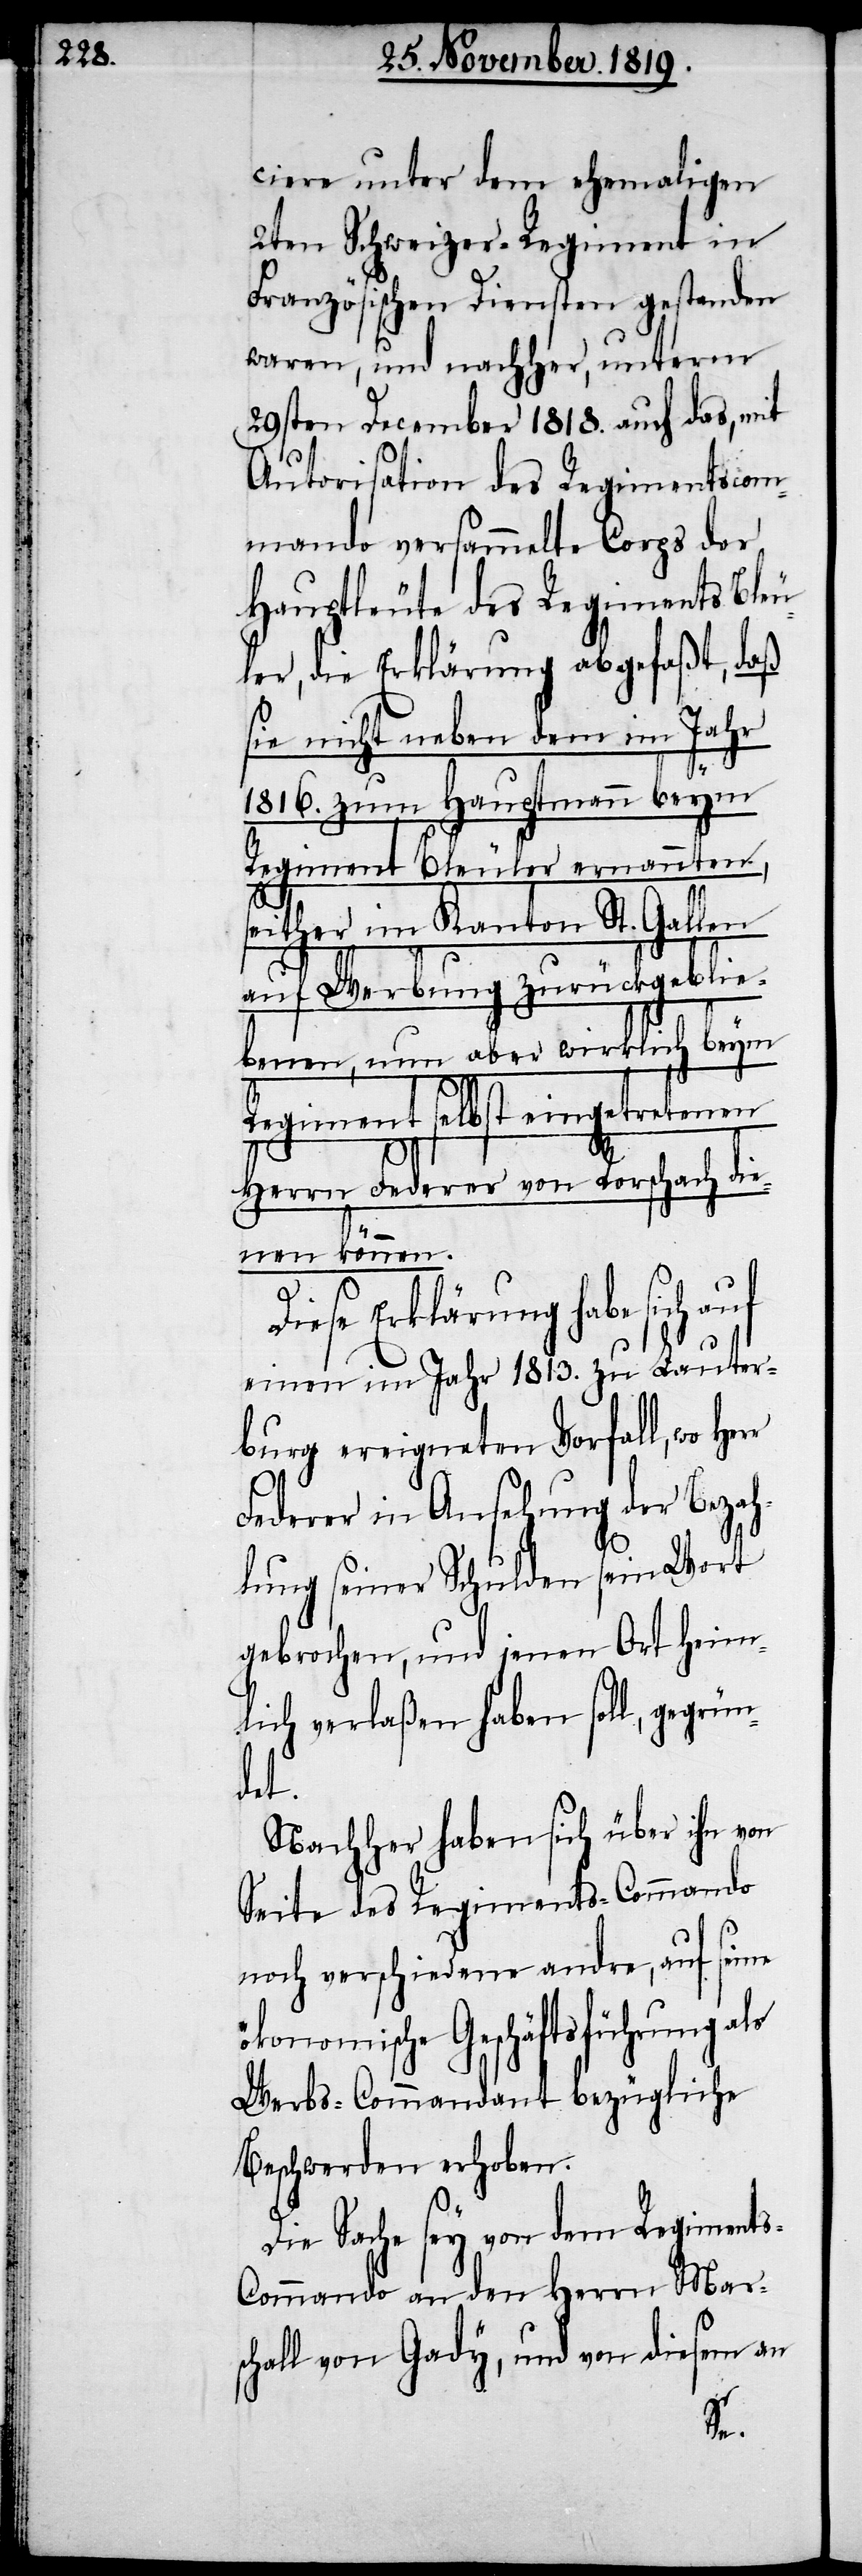
ciere unter dem ehemaligen
2ten Schweizer-Regiment in
Französischen Diensten gestanden
waren, und nachher, unterm
29sten December 1818. auf das, mit
Autorisation des Regimentscom¬
mando versammelte Corps der
Hauptleute des Regiments Bleu¬
ler, die Erklärung abgefaßt, daß
sie nicht neben dem im Jahr
1816. zum Hauptmann beym
Regiment Bleuler ernannten,
seither im Kanton St. Gallen
auf Werbung zurückgeblie¬
benen, nun aber wirklich beym
Regiment selbst eingetretenen
Herrn Federer von Rorschach die¬
nen können.
Diese Erklärung habe sich
einen im Jahr 1813. zu Lauter¬
burg ereigneten Vorfall, wo
Federer in Ansehung der Bezah¬
lung seiner Schulden sein Wort
gebrochen, und jenen Ort heim¬
lich verlaßen haben soll, gegrün¬
det.
Nachher haben sich über ihn von
Seite des Regiments-Commando
noch verschiedene andre, auf seine
ökonomische Geschäftsführung als
Werbs-Commandant bezügliche
Beschwerden erhoben.
Die Sache sey von dem Regiment¬
s-Commando an den Herrn Mar¬
schall von Gady, und von diesem an